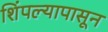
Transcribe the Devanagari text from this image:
शिंपल्यापासून